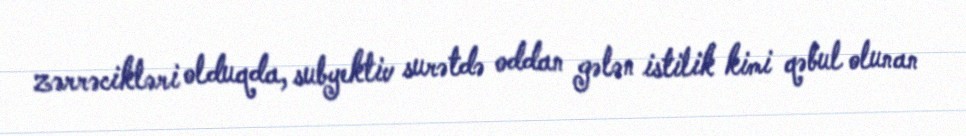
zərrəcikləri olduqda, subyektiv surətdə oddan gələn istilik kimi qəbul olunan